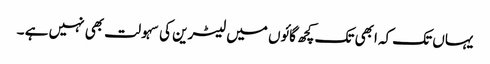
یہاں تک کہ ابھی تک کچھ گائوں میں لیٹرین کی سہولت بھی نہیں ہے ۔